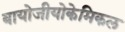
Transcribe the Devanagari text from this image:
बायोजीयोकेमिकल